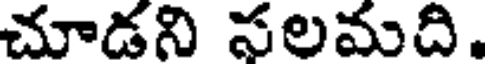
చూడని సలమది.